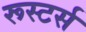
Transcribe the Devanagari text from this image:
रूस्टर्स